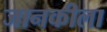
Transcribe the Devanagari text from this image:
जानकीला